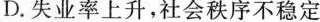
D. 失业率上升，社会秩序不稳定